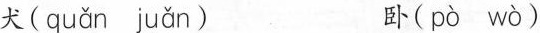
犬( quǎn juǎn ) 卧( pò wò )